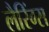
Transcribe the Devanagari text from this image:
लैरिंग्स